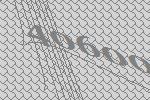
40600